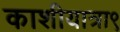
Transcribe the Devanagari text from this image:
काशीयात्रा९